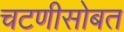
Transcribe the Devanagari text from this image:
चटणीसोबत